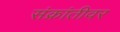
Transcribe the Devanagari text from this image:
संक्रांतीवर